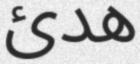
ھدئ